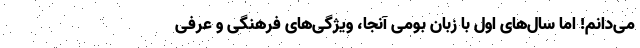
می‌دانم! اما سال‌های اول با زبان بومی آنجا، ویژگی‌های فرهنگی و عرفی